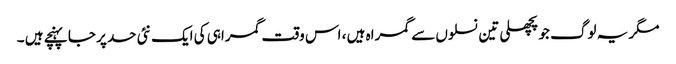
مگر یہ لوگ جو پچھلی تین نسلوں سے گمراہ ہیں ، اس وقت گمراہی کی ایک نئی حد پر جا پہنچے ہیں ۔